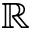
\mathbb { R }